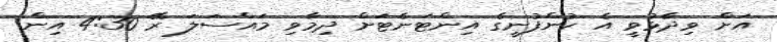
އަށް ވިދާޅުވީ އެ ކުންފުނީގެ އިންޓަނެޓަށް ދިމާވި މައްސަލަ ރޭ 4:30 އިން